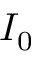
I _ { 0 }